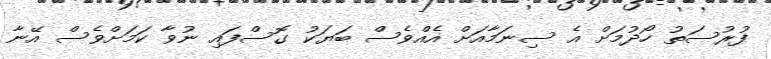
ފުރުސަތު ހޯދުމަށް އެ ސިނަމާއަށް އެއްވެސް ބަޔަކު ގޮސްފައި ނުވާ ކަމަށްވެސް އޭނާ